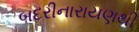
બદરીનારાયણથી